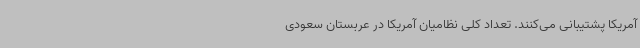
آمریکا پشتیبانی می‌کنند. تعداد کلی نظامیان آمریکا در عربستان سعودی